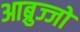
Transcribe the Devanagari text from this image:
आब्रुज्जो